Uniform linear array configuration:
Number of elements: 48
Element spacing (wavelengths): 0.75
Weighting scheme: exponential
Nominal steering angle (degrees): -45
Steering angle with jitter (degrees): -45.594
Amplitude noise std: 0.05
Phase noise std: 0.05

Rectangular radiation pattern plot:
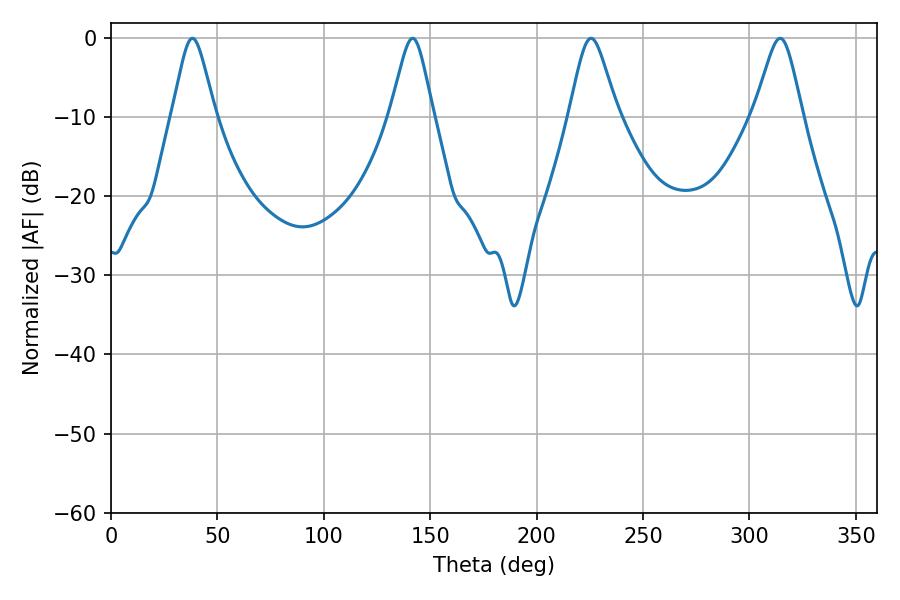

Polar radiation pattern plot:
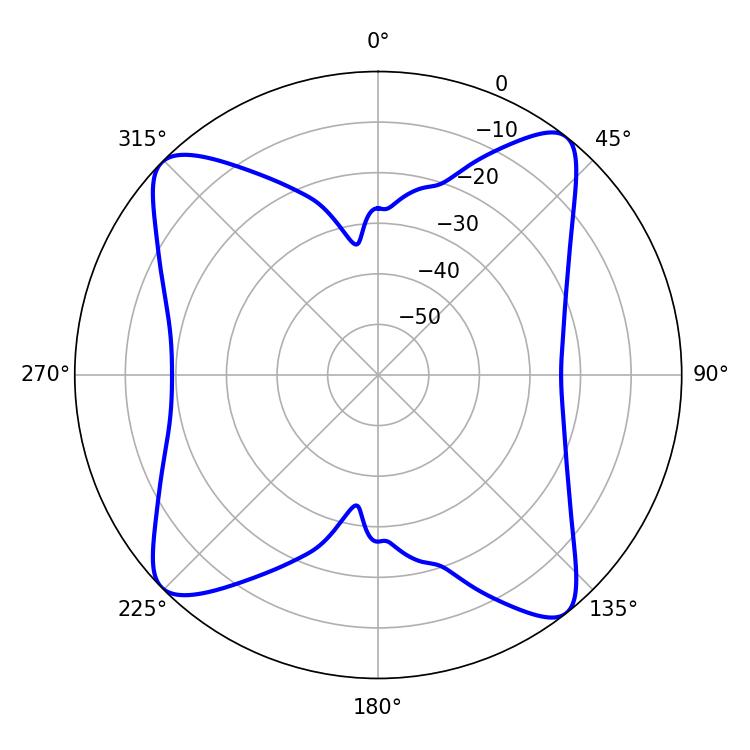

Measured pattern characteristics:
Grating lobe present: TRUE
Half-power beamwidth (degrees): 10.98
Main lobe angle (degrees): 225.54